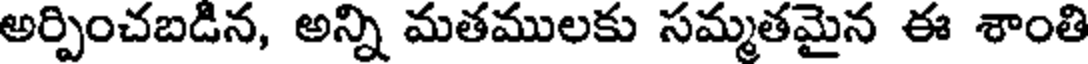
అర్పించబడిన, అన్ని మతములకు సమ్మతమైన ఈ శాంతి